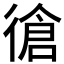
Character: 𱝷